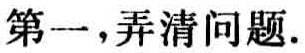
第一，弄清问题.